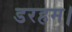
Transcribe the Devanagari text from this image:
डरहम।